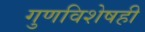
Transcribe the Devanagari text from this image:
गुणविशेषही